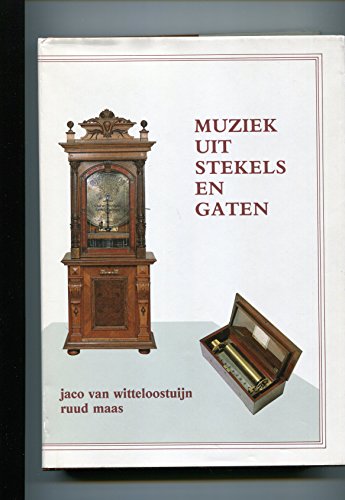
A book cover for Muziek uit stekels en gaten: Over mechanische muziekinstrumenten, harfenuhren en andere speelklokken, maar in het bijzonder over de speeldoos (Dutch Edition); Jaco van Witteloostuijn; Crafts, Hobbies & Home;